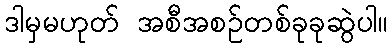
ဒါမှမဟုတ် အစီအစဉ်တစ်ခုခုဆွဲပါ။